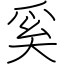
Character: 奚